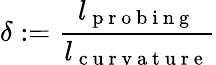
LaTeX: \delta:=\frac{l_{\mathrm{~p~r~o~b~i~n~g~}}}{l_{\mathrm{~c~u~r~v~a~t~u~r~e~}}}